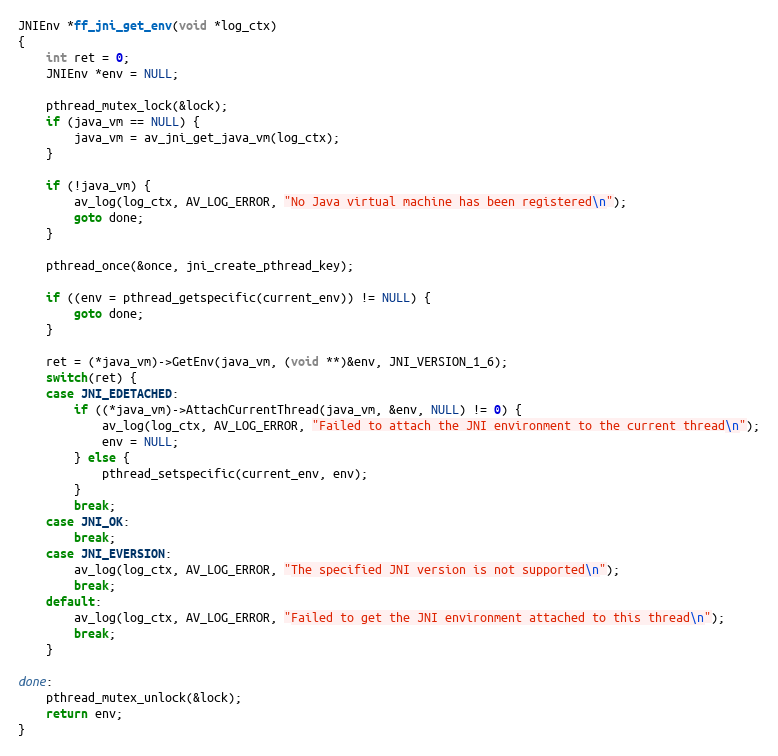
Language: C
JNIEnv *ff_jni_get_env(void *log_ctx)
{
    int ret = 0;
    JNIEnv *env = NULL;

    pthread_mutex_lock(&lock);
    if (java_vm == NULL) {
        java_vm = av_jni_get_java_vm(log_ctx);
    }

    if (!java_vm) {
        av_log(log_ctx, AV_LOG_ERROR, "No Java virtual machine has been registered\n");
        goto done;
    }

    pthread_once(&once, jni_create_pthread_key);

    if ((env = pthread_getspecific(current_env)) != NULL) {
        goto done;
    }

    ret = (*java_vm)->GetEnv(java_vm, (void **)&env, JNI_VERSION_1_6);
    switch(ret) {
    case JNI_EDETACHED:
        if ((*java_vm)->AttachCurrentThread(java_vm, &env, NULL) != 0) {
            av_log(log_ctx, AV_LOG_ERROR, "Failed to attach the JNI environment to the current thread\n");
            env = NULL;
        } else {
            pthread_setspecific(current_env, env);
        }
        break;
    case JNI_OK:
        break;
    case JNI_EVERSION:
        av_log(log_ctx, AV_LOG_ERROR, "The specified JNI version is not supported\n");
        break;
    default:
        av_log(log_ctx, AV_LOG_ERROR, "Failed to get the JNI environment attached to this thread\n");
        break;
    }

done:
    pthread_mutex_unlock(&lock);
    return env;
}